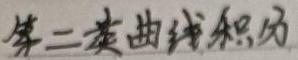
第二类曲线积分